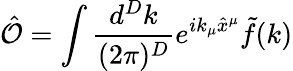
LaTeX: \hat{\cal O}=\int\frac{d^{D}k}{(2\pi)^{D}}e^{ik_{\mu}\hat{x}^{\mu}}\tilde{f}(k)